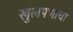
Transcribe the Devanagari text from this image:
खुलेपणाची